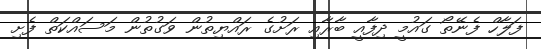
ފަލާހް ފެނޭތޯ ގައުމީ ދިފާއީ ބާރާއި ރަށުގެ ރައްޔިތުން ވަގުތުން މަސައްކަތް ފެށި